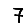
Digit: 7